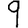
Digit: 9